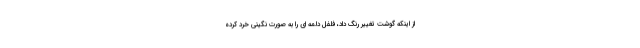
از اینکه گوشت تغییر رنگ داد، فلفل دلمه ای را به صورت نگینی خرد کرده